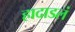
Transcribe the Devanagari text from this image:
हादाडलं